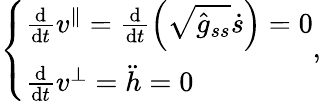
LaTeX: \left\{ \begin{array}{l}{\frac{\mathrm{d}}{\mathrm{d}t}v^{\| }=\frac{\mathrm{d}}{\mathrm{d}t}\left(\sqrt{\hat{g}_{ss}}\dot{s}\right)=0}\\ {\frac{\mathrm{d}}{\mathrm{d}t}v^{\perp}=\ddot{h}=0}\end{array}\right.,